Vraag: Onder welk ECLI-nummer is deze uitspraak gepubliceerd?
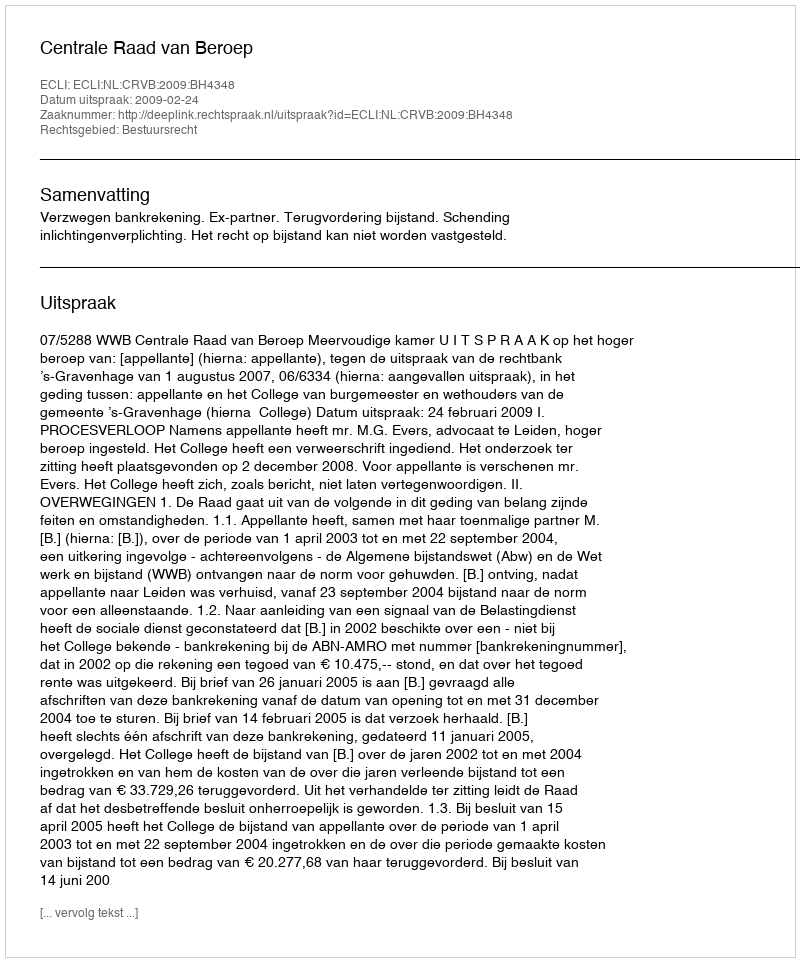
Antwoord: ECLI:NL:CRVB:2009:BH4348